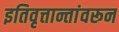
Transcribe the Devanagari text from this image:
इतिवृत्तान्तांवरून